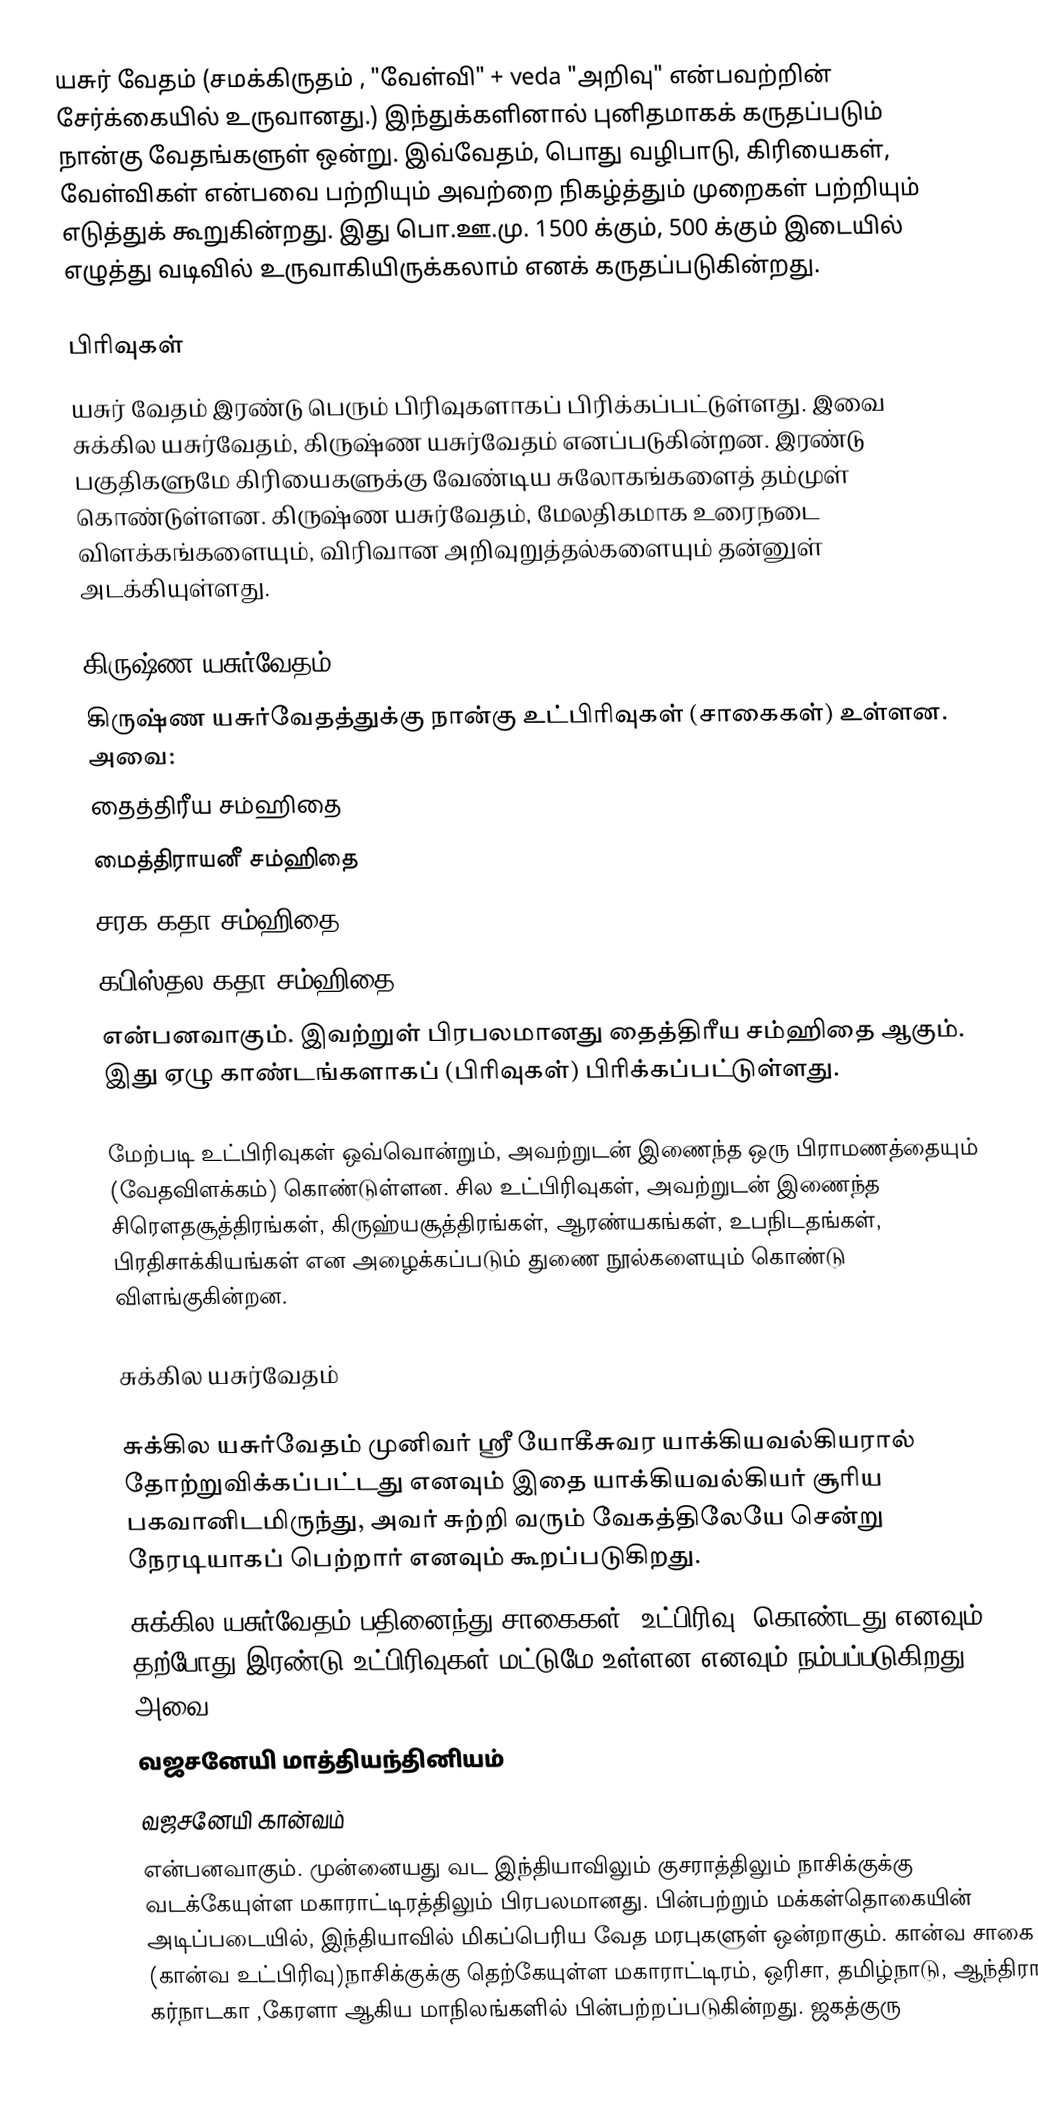
யசுர் வேதம் (சமக்கிருதம்  ,  "வேள்வி" + veda "அறிவு" என்பவற்றின் சேர்க்கையில் உருவானது.) இந்துக்களினால் புனிதமாகக் கருதப்படும் நான்கு வேதங்களுள் ஒன்று. இவ்வேதம், பொது வழிபாடு, கிரியைகள், வேள்விகள் என்பவை பற்றியும் அவற்றை நிகழ்த்தும் முறைகள் பற்றியும் எடுத்துக் கூறுகின்றது. இது பொ.ஊ.மு. 1500 க்கும், 500 க்கும் இடையில் எழுத்து வடிவில் உருவாகியிருக்கலாம் எனக் கருதப்படுகின்றது.

பிரிவுகள்
யசுர் வேதம் இரண்டு பெரும் பிரிவுகளாகப் பிரிக்கப்பட்டுள்ளது. இவை சுக்கில யசுர்வேதம், கிருஷ்ண யசுர்வேதம் எனப்படுகின்றன. இரண்டு பகுதிகளுமே கிரியைகளுக்கு வேண்டிய சுலோகங்களைத் தம்முள் கொண்டுள்ளன. கிருஷ்ண யசுர்வேதம், மேலதிகமாக உரைநடை விளக்கங்களையும், விரிவான அறிவுறுத்தல்களையும் தன்னுள் அடக்கியுள்ளது.

கிருஷ்ண யசுர்வேதம்
கிருஷ்ண யசுர்வேதத்துக்கு நான்கு உட்பிரிவுகள் (சாகைகள்) உள்ளன. அவை:
 தைத்திரீய சம்ஹிதை
 மைத்திராயனீ சம்ஹிதை
 சரக-கதா சம்ஹிதை
 கபிஸ்தல-கதா சம்ஹிதை
என்பனவாகும். இவற்றுள் பிரபலமானது தைத்திரீய சம்ஹிதை ஆகும். இது ஏழு காண்டங்களாகப் (பிரிவுகள்) பிரிக்கப்பட்டுள்ளது.

மேற்படி உட்பிரிவுகள் ஒவ்வொன்றும், அவற்றுடன் இணைந்த ஒரு பிராமணத்தையும் (வேதவிளக்கம்) கொண்டுள்ளன. சில உட்பிரிவுகள், அவற்றுடன் இணைந்த சிரௌதசூத்திரங்கள், கிருஹ்யசூத்திரங்கள், ஆரண்யகங்கள், உபநிடதங்கள், பிரதிசாக்கியங்கள் என அழைக்கப்படும் துணை நூல்களையும் கொண்டு விளங்குகின்றன.

சுக்கில யசுர்வேதம்

சுக்கில யசுர்வேதம் முனிவர் ஸ்ரீ யோகீசுவர யாக்கியவல்கியரால் தோற்றுவிக்கப்பட்டது எனவும் இதை யாக்கியவல்கியர் சூரிய பகவானிடமிருந்து, அவர் சுற்றி வரும் வேகத்திலேயே சென்று நேரடியாகப் பெற்றார் எனவும் கூறப்படுகிறது.
சுக்கில யசுர்வேதம் பதினைந்து சாகைகள் (உட்பிரிவு) கொண்டது எனவும் தற்போது இரண்டு உட்பிரிவுகள் மட்டுமே உள்ளன எனவும் நம்பப்படுகிறது. அவை:
 வஜசனேயி மாத்தியந்தினியம்
 வஜசனேயி கான்வம்
என்பனவாகும். முன்னையது வட இந்தியாவிலும் குசராத்திலும் நாசிக்குக்கு வடக்கேயுள்ள மகாராட்டிரத்திலும் பிரபலமானது. பின்பற்றும் மக்கள்தொகையின் அடிப்படையில், இந்தியாவில் மிகப்பெரிய வேத மரபுகளுள் ஒன்றாகும். கான்வ சாகை (கான்வ உட்பிரிவு)நாசிக்குக்கு தெற்கேயுள்ள மகாராட்டிரம், ஒரிசா, தமிழ்நாடு, ஆந்திரா, கர்நாடகா ,கேரளா ஆகிய மாநிலங்களில் பின்பற்றப்படுகின்றது. ஜகத்குரு